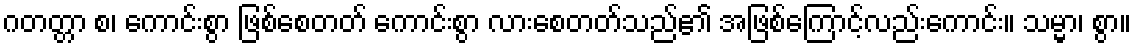
ဂတတ္တာ စ၊ ကောင်းစွာ ဖြစ်စေတတ် ကောင်းစွာ လားစေတတ်သည်၏ အဖြစ်ကြောင့်လည်းကောင်း။ သမ္မာ၊ စွာ။